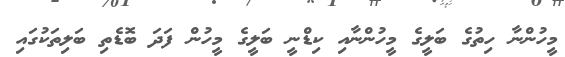
މީހުންނާ ހިތުގެ ބަލީގެ މީހުންނާއި ކިޑްނީ ބަލީގެ މީހުން ފަދަ ބޮޑެތި ބަލިތަކުގައި